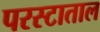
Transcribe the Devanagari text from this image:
परस्टाताल